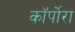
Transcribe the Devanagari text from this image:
कॉर्पोरा